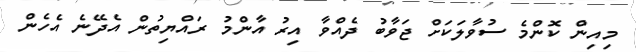
މިއިން ކޮންމެ ސުވާލަކަށް ޖަވާބު ދެއްވާ އިރު އާންމު ރައްޔިތުން އެދޭނެ އެހެން